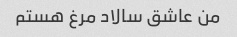
من عاشق سالاد مرغ هستم